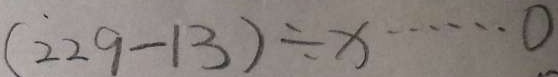
( 2 2 9 - 1 3 ) \div x \cdots 0